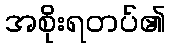
အစိုးရတပ်၏